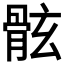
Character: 𩨬